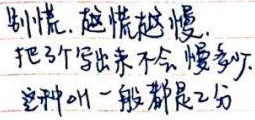
别慌，越慌越慢，把3个写出来不会慢多少。这种叫一般都是2分。